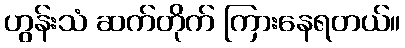
ဟွန်းသံ ဆက်တိုက် ကြားနေရတယ်။